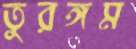
তুরঙ্গম